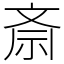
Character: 斎